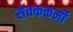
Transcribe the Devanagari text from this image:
सेवककर्मी